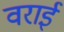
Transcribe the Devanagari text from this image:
वराई